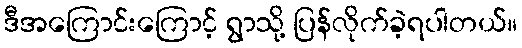
ဒီအကြောင်းကြောင့် ရွာသို့ ပြန်လိုက်ခဲ့ရပါတယ်။